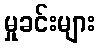
မှုခင်းများ